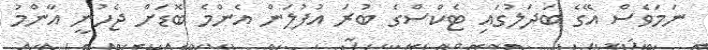
ނަމަވެސް އޭގެ ބަދަލުގައި ޓެކްސްގެ ބުރަ އުފުލަން އެންމެ ބޮޑަށް ޖެހުނީ އާންމު